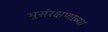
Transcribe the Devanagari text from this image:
भूसंरक्षणाच्या